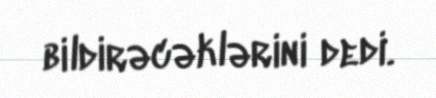
bildirəcəklərini dedi.